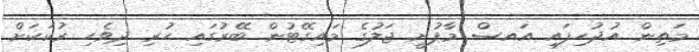
މަތިން އުދުހިފައި އައސް މާފުށީ ޖަލުގެ މައިގޭޓުން ބޭރުގައި ހުރި ދިވެހި ރުކަކަށް